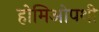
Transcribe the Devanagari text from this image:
होमिओपथी